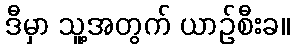
ဒီမှာ သူ့အတွက် ယာဉ်စီးခ။